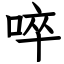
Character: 啐